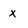
Character: X